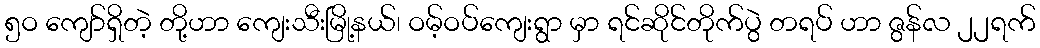
၅ဝ ကျော်ရှိတဲ့ တို့ဟာ ကျေးသီးမြို့နယ်၊ ဝမ့်ဝပ်ကျေးရွာ မှာ ရင်ဆိုင်တိုက်ပွဲ တရပ် ဟာ ဇွန်လ ၂၂ရက်